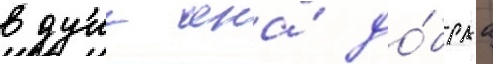
в душе она́ до́браа